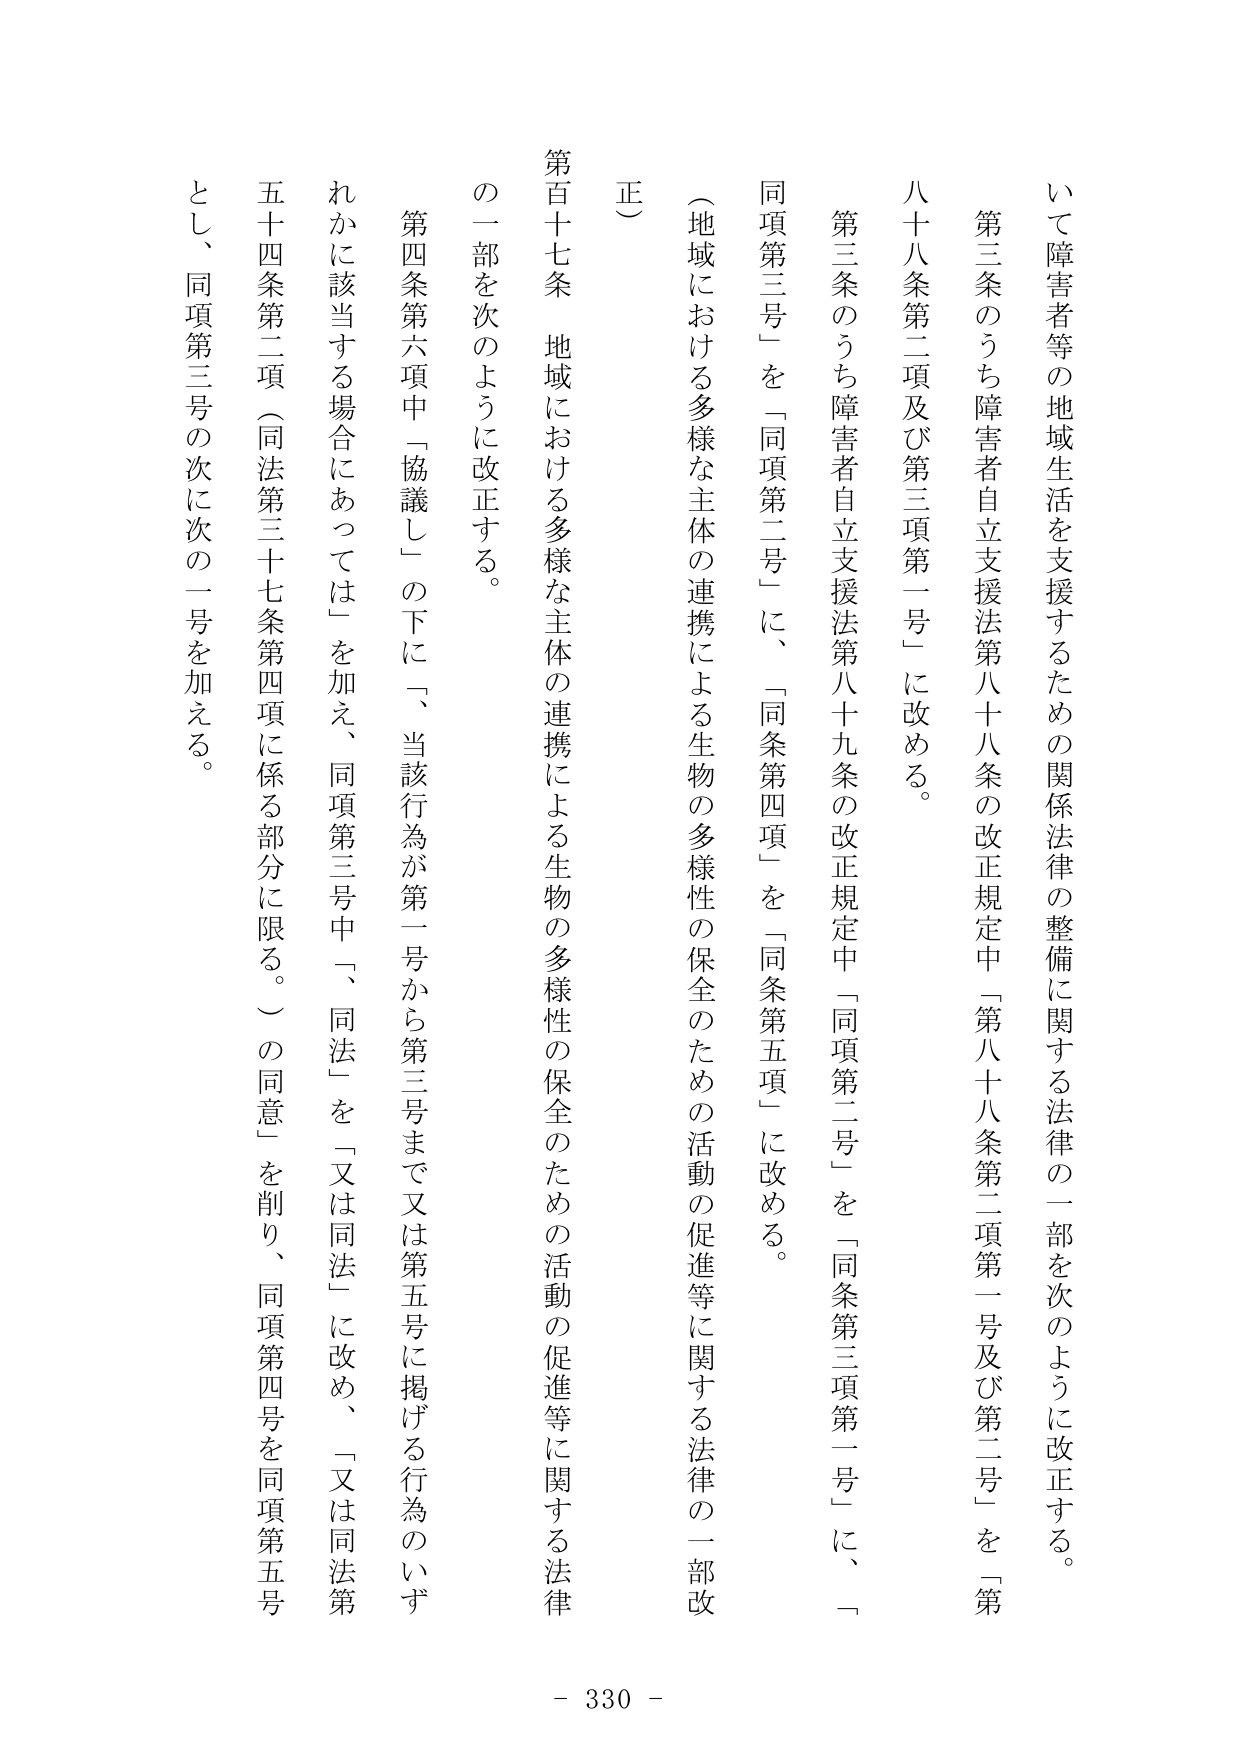
いて障害者等の地域生活を支援するための関係法律の整備に関する法律の一部を次のように改正する。

第三条のうち障害者自立支援法第八十八条の改正規定中「第八十八条第二項第一号及び第二号」を「第八十八条第二項及び第三項第一号」に改める。

第三条のうち障害者自立支援法第八十九条の改正規定中「同項第二号」を「同条第三項第一号」に、「同項第三号」を「同項第二号」に、「同条第四項」を「同条第五項」に改める。

（地域における多様な主体の連携による生物の多様性の保全のための活動の促進等に関する法律の一部改正）

第百十七条 地域における多様な主体の連携による生物の多様性の保全のための活動の促進等に関する法律の一部を次のように改正する。

第四条第六項中「協議し」の下に「、当該行為が第一号から第三号まで又は第五号に掲げる行為のいずれかに該当する場合にあっては」を加え、同項第三号中「、同法」を「又は同法」に改め、「又は同法第五十四条第二項（同法第三十七条第四項に係る部分に限る。）の同意」を削り、同項第四号を同項第五号とし、同項第三号の次に次の一号を加える。

- 330 -